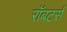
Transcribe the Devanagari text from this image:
रॉबटर्स